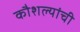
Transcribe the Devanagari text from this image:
कौशल्यांची